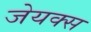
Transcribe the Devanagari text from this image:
जेयक्स